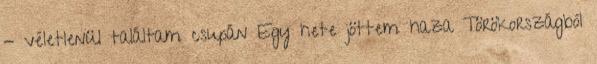
- véletlenül találtam csupán Egy hete jöttem haza Törökországból